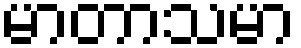
မာတာသမာ